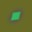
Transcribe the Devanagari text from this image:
ॱ